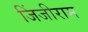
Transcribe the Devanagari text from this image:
जिंजीराम